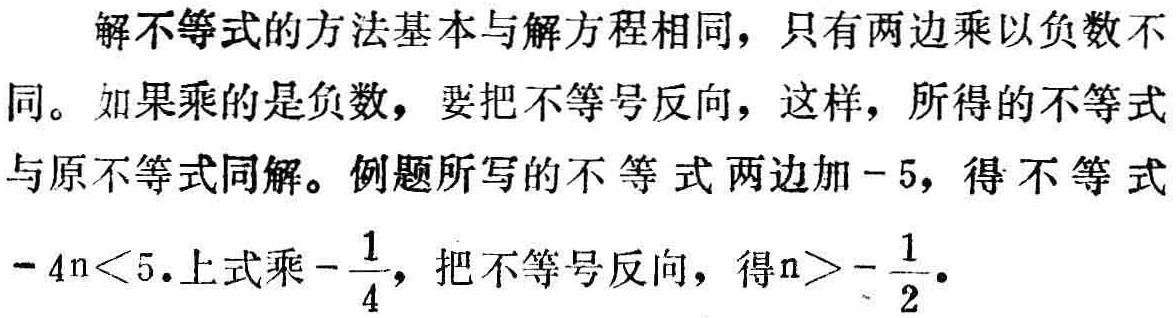
解不等式的方法基本与解方程相同，只有两边乘以负数不同。如果乘的是负数，要把不等号反向，这样，所得的不等式与原不等式同解。例题所写的不等式两边加\(-5\)，得不等式\(-4n<5\).上式乘\(-\frac{1}{4}\)，把不等号反向，得\(n>-\frac{1}{2}\).